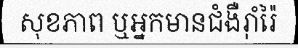
សុខភាព ឬអ្នកមានជំងឺរ៉ាំរ៉ៃ